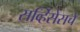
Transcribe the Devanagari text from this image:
सर्व्हिसेसचे